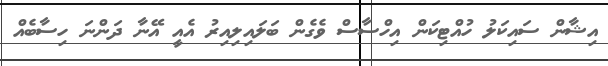
އިޝާން ސައިކަލު ހުއްޓިކަން އިހްސާސް ވެގެން ބަލައިލިއިރު އެއީ އޭނާ ދަންނަ ހިސާބެއް